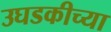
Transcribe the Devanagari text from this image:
उघडकीच्या